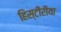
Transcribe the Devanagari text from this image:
हिस्टीरीया